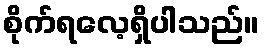
စိုက်ရလေ့ရှိပါသည်။